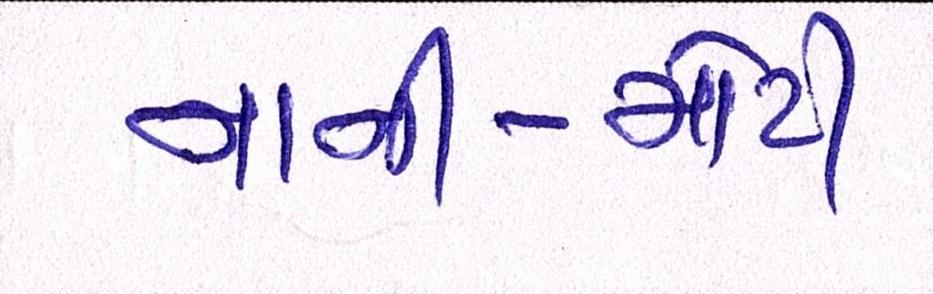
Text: નાની-મોટી